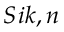
S _ { Ḋ } i k , n Ḍ